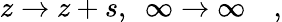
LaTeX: z\rightarrow z+s,\ \ \infty\rightarrow\infty\quad,